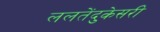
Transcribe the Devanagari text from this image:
ललतेंदुकेसरी